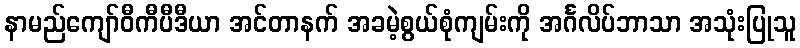
နာမည်ကျော်ဝီကီပီဒီယာ အင်တာနက် အခမဲ့စွယ်စုံကျမ်းကို အင်္ဂလိပ်ဘာသာ အသုံးပြုသူ